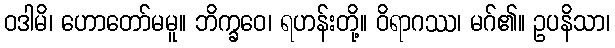
ဝဒါမိ၊ ဟောတော်မမူ။ ဘိက္ခဝေ၊ ရဟန်းတို့။ ဝိရာဂဿ၊ မဂ်၏။ ဥပနိသာ၊